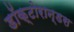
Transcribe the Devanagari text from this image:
डॉक्टोरान्डस